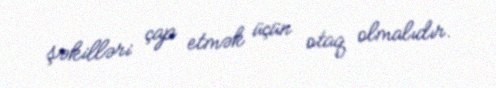
şəkilləri çap etmək üçün otaq olmalıdır.